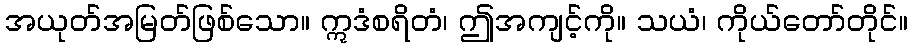
အယုတ်အမြတ်ဖြစ်သော။ ဣဒံစရိတံ၊ ဤအကျင့်ကို။ သယံ၊ ကိုယ်တော်တိုင်။